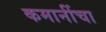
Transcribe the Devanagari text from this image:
कमानींचा